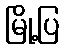
မြို့ပြ